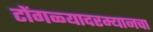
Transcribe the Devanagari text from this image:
टोंगळ्यादरम्यानचा